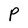
Character: P